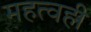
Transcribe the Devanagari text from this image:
महत्वही